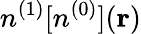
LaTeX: n^{(1)}[n^{(0)}]({\mathbf r})